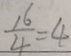
\frac { 1 6 } { 4 } = 4